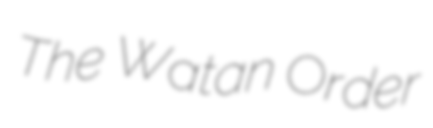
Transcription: The Watan Order